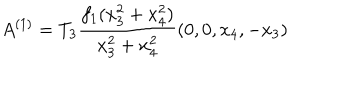
A ^ { ( 1 ) } = T _ { 3 } \frac { f _ { 1 } ( x _ { 3 } ^ { 2 } + x _ { 4 } ^ { 2 } ) } { x _ { 3 } ^ { 2 } + x _ { 4 } ^ { 2 } } ( 0 , 0 , x _ { 4 } , - x _ { 3 } )